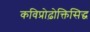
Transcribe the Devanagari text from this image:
कविप्रोढ़ोक्तिसिद्ध